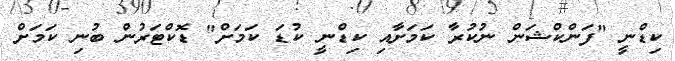
ކިޑްނީ "ފަންކްޝަން ނުކުރާ ކަމަށާއި ކިޑްނީ ކުޑަ ކަމަށް" ޑޮކްޓަރުން ބުނި ކަމަށް